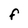
Character: F